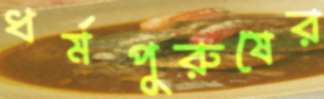
ধর্মপুরুষের